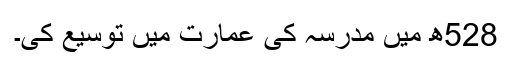
528ھ میں مدرسہ کی عمارت میں توسیع کی۔